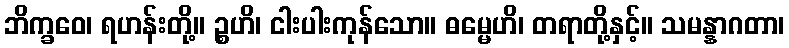
ဘိက္ခဝေ၊ ရဟန်းတို့။ ဉ္စဟိ၊ ငါးပါးကုန်သော။ ဓမ္မေဟိ၊ တရာတို့နှင့်။ သမန္နာဂတာ၊